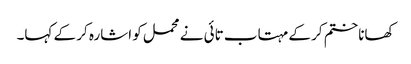
کھانا ختم کر کے مہتاب تائی نے محمل کو اشارہ کر کے کہا۔